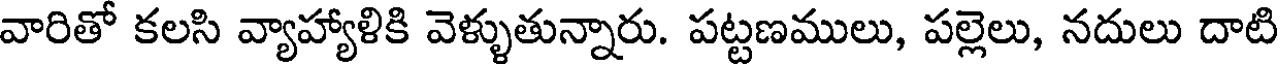
వారితో కలసి వ్యాహ్యాళికి వెళ్ళుతున్నారు. పట్టణములు, పల్లెలు, నదులు దాటి